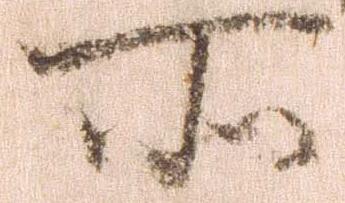
所